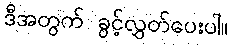
ဒီအတွက် ခွင့်လွှတ်ပေးပါ။